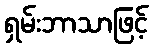
ရှမ်းဘာသာဖြင့်